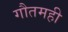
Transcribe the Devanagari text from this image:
गौतमही